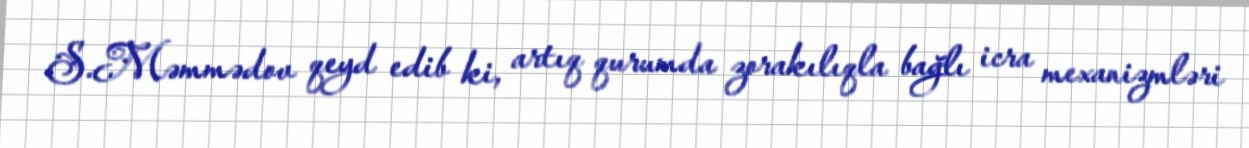
S.Məmmədov qeyd edib ki, artıq qurumda zorakılıqla bağlı icra mexanizmləri